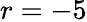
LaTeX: r=-5